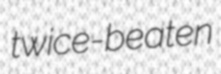
twice-beaten